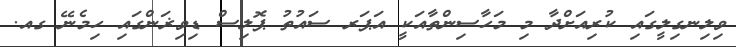
ވިލިނގިލީގައި ކުރިއަށްދާ މި މަހާސިންތާއަކީ އަޕަރ ސައުތު ޕޮލިސް ޑިވިޜަންގައި ހިމެނޭ ގއ.